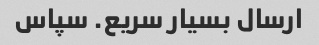
ارسال بسیار سریع. سپاس